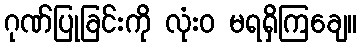
ဂုဏ်ပြုခြင်းကို လုံးဝ မရရှိကြချေ။